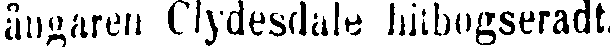
ångaren Clydesdale, hitbogseradt.